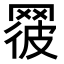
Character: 𦋕